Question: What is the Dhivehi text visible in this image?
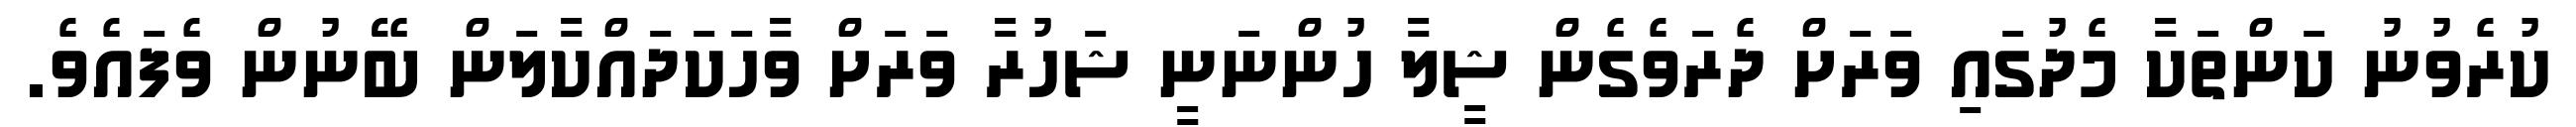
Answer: ކުރެވުނު ކަންތަކާ މެދުގައި ވަރަށް ދެރަވެގެން ޝީލާ ހުންނަނީ ޝަހުރާ ވަރަށް ވާހަކަދައްކާލަން ބޭނުން ވެފައެވެ.